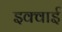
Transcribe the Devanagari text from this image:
इक्वाई